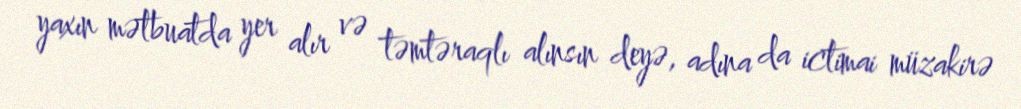
yaxın mətbuatda yer alır və təmtəraqlı alınsın deyə, adına da ictimai müzakirə